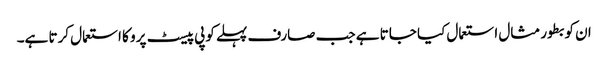
ان کو بطور مثال استعمال کیا جاتا ہے جب صارف پہلے کوپی پیسٹ پرو کا استعمال کرتا ہے۔